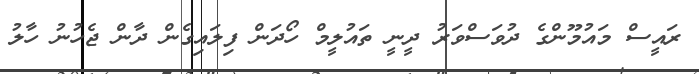
ރައީސް މައުމޫންގެ ދުވަސްވަރު ދީނީ ތައުލީމް ހޯދަން ފިލައިގެން ދާން ޖެހުނު ހާލު